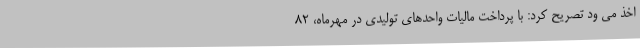
اخذ می ود تصریح کرد: با پرداخت مالیات واحدهای تولیدی در مهرماه، 82